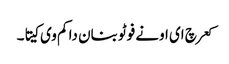
کعر چ ای اونے فوٹو بنان دا کم وی کیتا۔